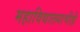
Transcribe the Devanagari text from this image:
महाविद्यालयाचीही